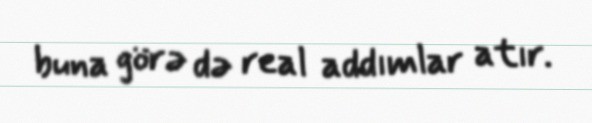
buna görə də real addımlar atır.